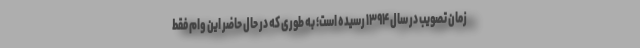
زمان تصویب در سال ۱۳۹۴ رسیده است؛ به طوری که در حال حاضر این وام فقط